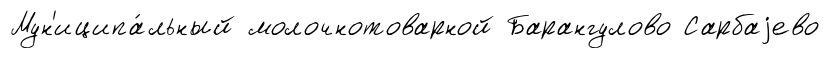
Мун'иципа́льный молочнотоварной Барангулово Сарбаjево